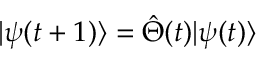
| \psi ( t + 1 ) \rangle = \hat { \Theta } ( t ) | \psi ( t ) \rangle